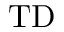
\mathrm { T D }